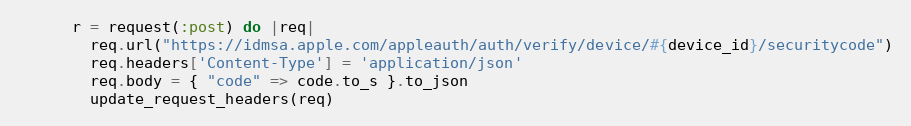
Language: Ruby
      r = request(:post) do |req|
        req.url("https://idmsa.apple.com/appleauth/auth/verify/device/#{device_id}/securitycode")
        req.headers['Content-Type'] = 'application/json'
        req.body = { "code" => code.to_s }.to_json
        update_request_headers(req)